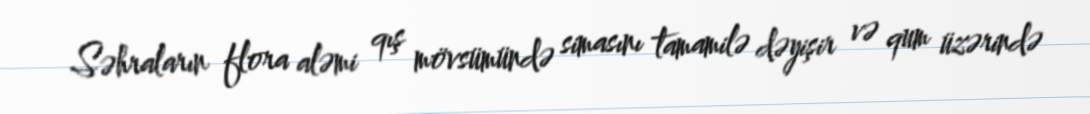
Səhraların flora aləmi qış mövsümündə simasını tamamilə dəyişir və qum üzərində